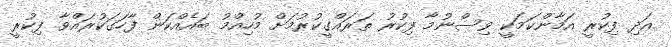
އަދި ފިކުރީ އަމާންކަމަކީ ވިސްނުމާ ފިކުރު ތަރައްގީކުރުމަށް މުހިއްމު ބައެއްކަން ފާހަގަކުރައްވާ ފިކުރީ